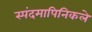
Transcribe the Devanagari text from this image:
स्पंदमापिनिकले